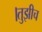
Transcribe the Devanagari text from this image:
।तुझीच